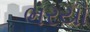
ભરયૌ